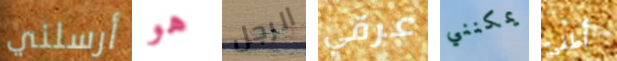
أرسلني هو الرجل عرقي يمكنني أطفئ